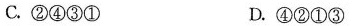
C.②④③① D.④②①③